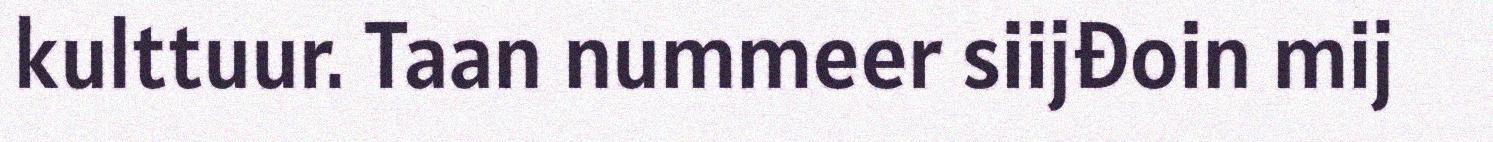
kulttuur. Taan nummeer siijđoin mij